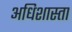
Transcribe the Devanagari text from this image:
अधिशास्ता